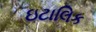
ઇટાલિક